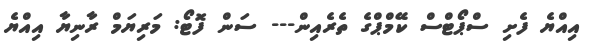
އިއްޔެ ފެށި ސްޕޯޓްސް ކޭމްޕްގެ ތެރެއިން--- ސަން ފޮޓޯ: މަރިޔަމް ރާނިޔާ އިއްޔެ